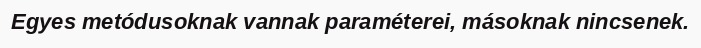
Egyes metódusoknak vannak paraméterei, másoknak nincsenek.